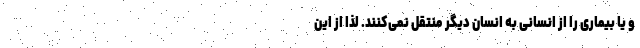
و یا بیماری را از انسانی به انسان دیگر منتقل نمی‌کنند. لذا از این